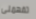
تفهمنى